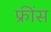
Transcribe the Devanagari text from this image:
फ्रींस